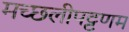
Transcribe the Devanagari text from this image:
मच्‍छलीपट्टणम